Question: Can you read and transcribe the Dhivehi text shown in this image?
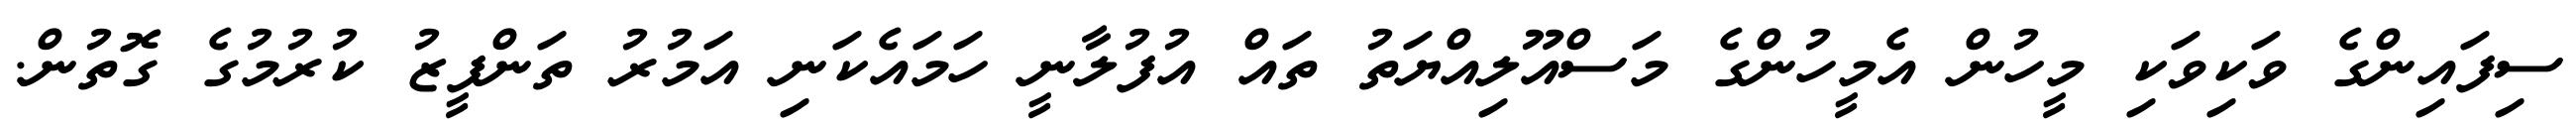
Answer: ސިފައިންގެ ވަކިވަކި މީހުން އެމީހުންގެ މަސްއޫލިއްޔަތު ތައް އުފުލާނީ ހަމައެކަނި އަމުރު ތަންފީޒު ކުރުމުގެ ގޮތުން.